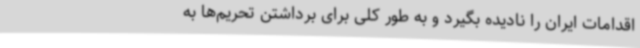
اقدامات ایران را نادیده بگیرد و به طور کلی برای برداشتن تحریم‌ها به